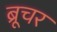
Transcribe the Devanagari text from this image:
ब्रूचर